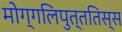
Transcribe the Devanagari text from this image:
मोग्गलिपुत्ततिस्स